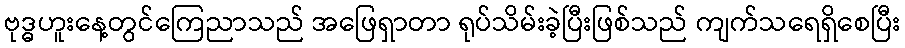
ဗုဒ္ဓဟူးနေ့တွင်ကြေညာသည် အဖြေရှာတာ ရုပ်သိမ်းခဲ့ပြီးဖြစ်သည် ကျက်သရေရှိစေပြီး